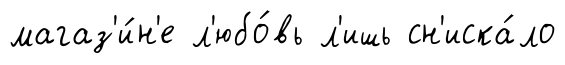
магаз'и́н'е л'юбо́вь л'ишь сн'иска́ло